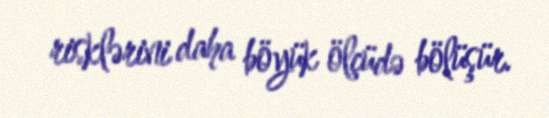
risklərini daha böyük ölçüdə bölüşür.